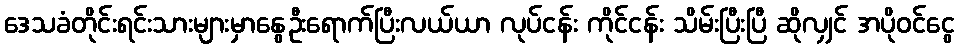
ဒေသခံတိုင်းရင်းသားများမှာနွေဦးရောက်ပြီးလယ်ယာ လုပ်ငန်း ကိုင်ငန်း သိမ်းပြီးပြီ ဆိုလျှင် အပိုဝင်ငွေ